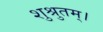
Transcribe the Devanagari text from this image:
शुश्रुतम्।